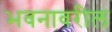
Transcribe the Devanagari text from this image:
भवनावरील